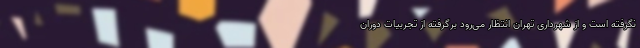
نگرفته است و از شهرداری تهران انتظار می‌رود برگرفته از تجربیات دوران